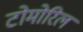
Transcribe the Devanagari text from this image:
टोमोरिल